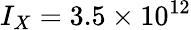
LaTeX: I_{X}=3.5\times 10^{12}